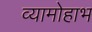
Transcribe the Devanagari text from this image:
व्यामोहाभ